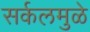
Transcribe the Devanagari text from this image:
सर्कलमुळे